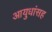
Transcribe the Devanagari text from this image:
आयुधांसह